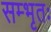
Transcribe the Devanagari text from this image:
सम्भृतः